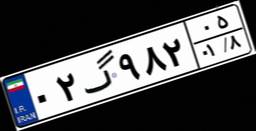
۰۲گ۹۸۲۰۵